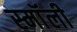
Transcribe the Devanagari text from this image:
स्माॅली